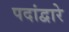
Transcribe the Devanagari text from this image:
पदांद्वारे